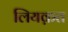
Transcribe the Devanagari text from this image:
लियक़त